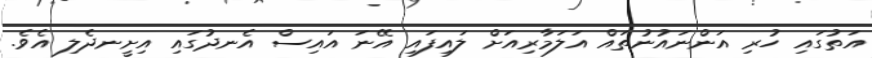
އަތުގައި ހުރި އަންނައުނުތައް އަލަމާރިއަށް ލައިފައި އޭނަ އައިސް އެނދުގައި އިށީނދެލި އެވެ.